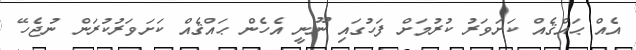
އެއް ޙައްޤެއް ކަށަވަރު ކުރުމަށް ފަހުގައި ނޫނީ އެހެން ޙައްޤެއް ކަށަވަރުކުރަން ނުޖެހޭ